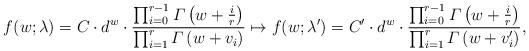
LaTeX: \begin{align*} f(w; \lambda) = C \cdot d^w \cdot \dfrac{\prod_{i=0}^{r-1} \varGamma\left(w+\frac{i}{r}\right)}{\prod_{i=1}^{r} \varGamma\left(w+v_i\right)} \mapsto f(w; \lambda') = C' \cdot d^w \cdot \dfrac{\prod_{i=0}^{r-1} \varGamma\left(w+\frac{i}{r}\right)}{\prod_{i=1}^{r} \varGamma\left(w+v_i'\right)}, \end{align*}